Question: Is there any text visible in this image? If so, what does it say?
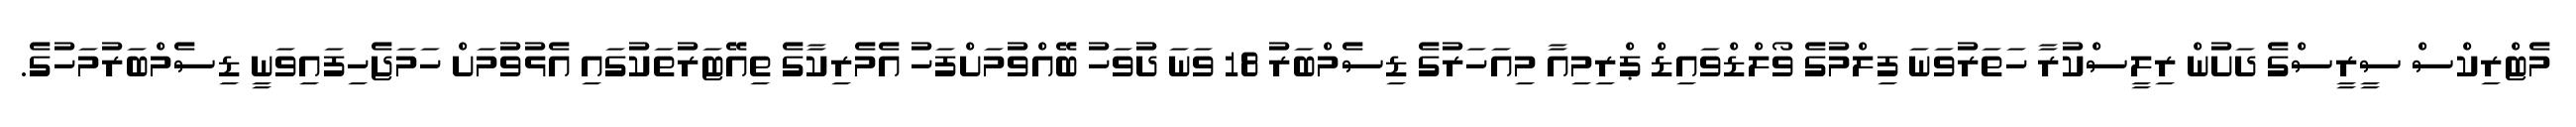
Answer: މެޓްރިކްސް ސީރީސްގެ ދަށުން ރިލީސްކުރާ ހަތަރުވަނަ ފިލްމުގެ ވޯލްޑްވައިޑް ޕްރިމިއާ މިއަހަރުގެ ޑިސެމްބަރު 18 ވަނަ ދުވަހު ބޭއްވުމަށްފަހު އެމެރިކާގެ ތިއޭޓަރުތަކުގައި އެޅުވުމަށް ހަމަޖެހިފައިވަނީ ޑިސެމްބަރުމަހުގެ.